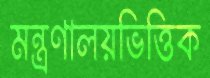
মন্ত্রণালয়ভিত্তিক